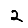
Digit: 2